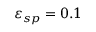
\varepsilon _ { s p } = 0 . 1